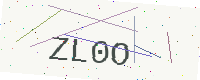
Text: ZL0O